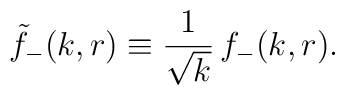
\tilde f_{-}(k,r)\equiv {1\over\sqrt{k}}\,f_{-}(k,r).